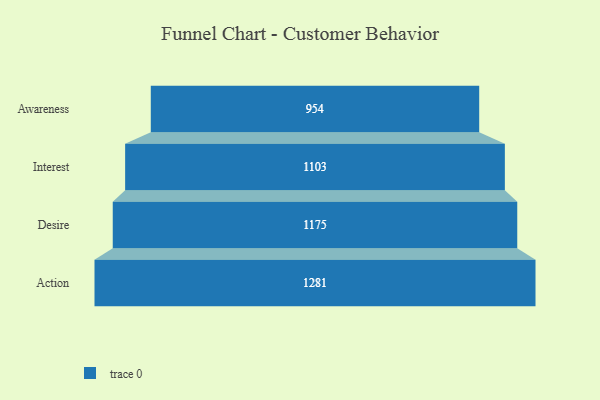
{"axis": {"x": "Stage", "y": "Value"}, "legend": [""], "data": [{"x": "Awareness", "y": 954.0, "type": ""}, {"x": "Interest", "y": 1103.0, "type": ""}, {"x": "Desire", "y": 1175.0, "type": ""}, {"x": "Action", "y": 1281.0, "type": ""}]}